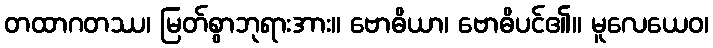
တထာဂတဿ၊ မြတ်စွာဘုရားအား။ ဗောဓိယာ၊ ဗောဓိပင်၏။ မူလေယေဝ၊